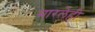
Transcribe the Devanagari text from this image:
मारलेही